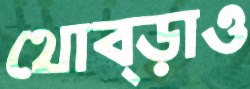
থোব্‌ড়াও